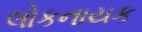
લોકનાયક